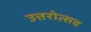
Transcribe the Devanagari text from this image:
उत्तरोत्सव